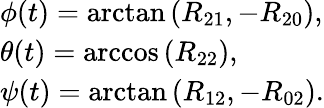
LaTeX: \begin{array}{l}{\phi(t)=\arctan{(R_{21},-R_{20})},}\\ {\theta(t)=\operatorname{arccos}{(R_{22})},}\\ {\psi(t)=\arctan{(R_{12},-R_{02})}.}\end{array}